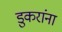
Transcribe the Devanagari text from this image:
डुकरांना